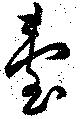
臺